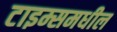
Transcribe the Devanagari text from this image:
टाइम्समधील